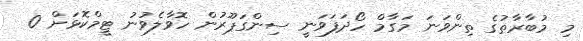
މި މުބާރާތުގެ ތިންވަނަ މަގާމް ހޯދަފަވަނީ ސިންގަޕޫރުން ހޮވާލެވުނު ޓީމްކޮޅަށް 0